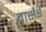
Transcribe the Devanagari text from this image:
वार्सेई